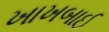
ખાખબાઈ